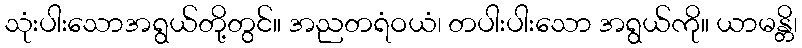
သုံးပါးသောအရွယ်တို့တွင်။ အညတရံဝယံ၊ တပါးပါးသော အရွယ်ကို။ ယာမန္တိ၊